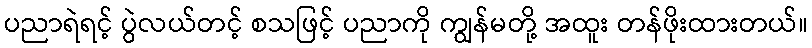
ပညာရဲရင့် ပွဲလယ်တင့် စသဖြင့် ပညာကို ကျွန်မတို့ အထူး တန်ဖိုးထားတယ်။